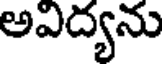
అవిద్యను